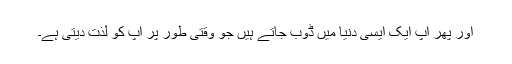
اور پھر آپ ایک ایسی دنیا میں ڈوب جاتے ہیں جو وقتی طور پر آپ کو لذت دیتی ہے۔